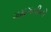
ગમગનીની